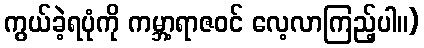
ကွယ်ခဲ့ရပုံကို ကမ္ဘာ့ရာဇဝင် လေ့လာကြည့်ပါ။)